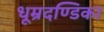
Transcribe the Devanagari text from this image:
धूम्रदण्डिका